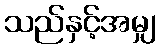
သည်နှင့်အမျှ